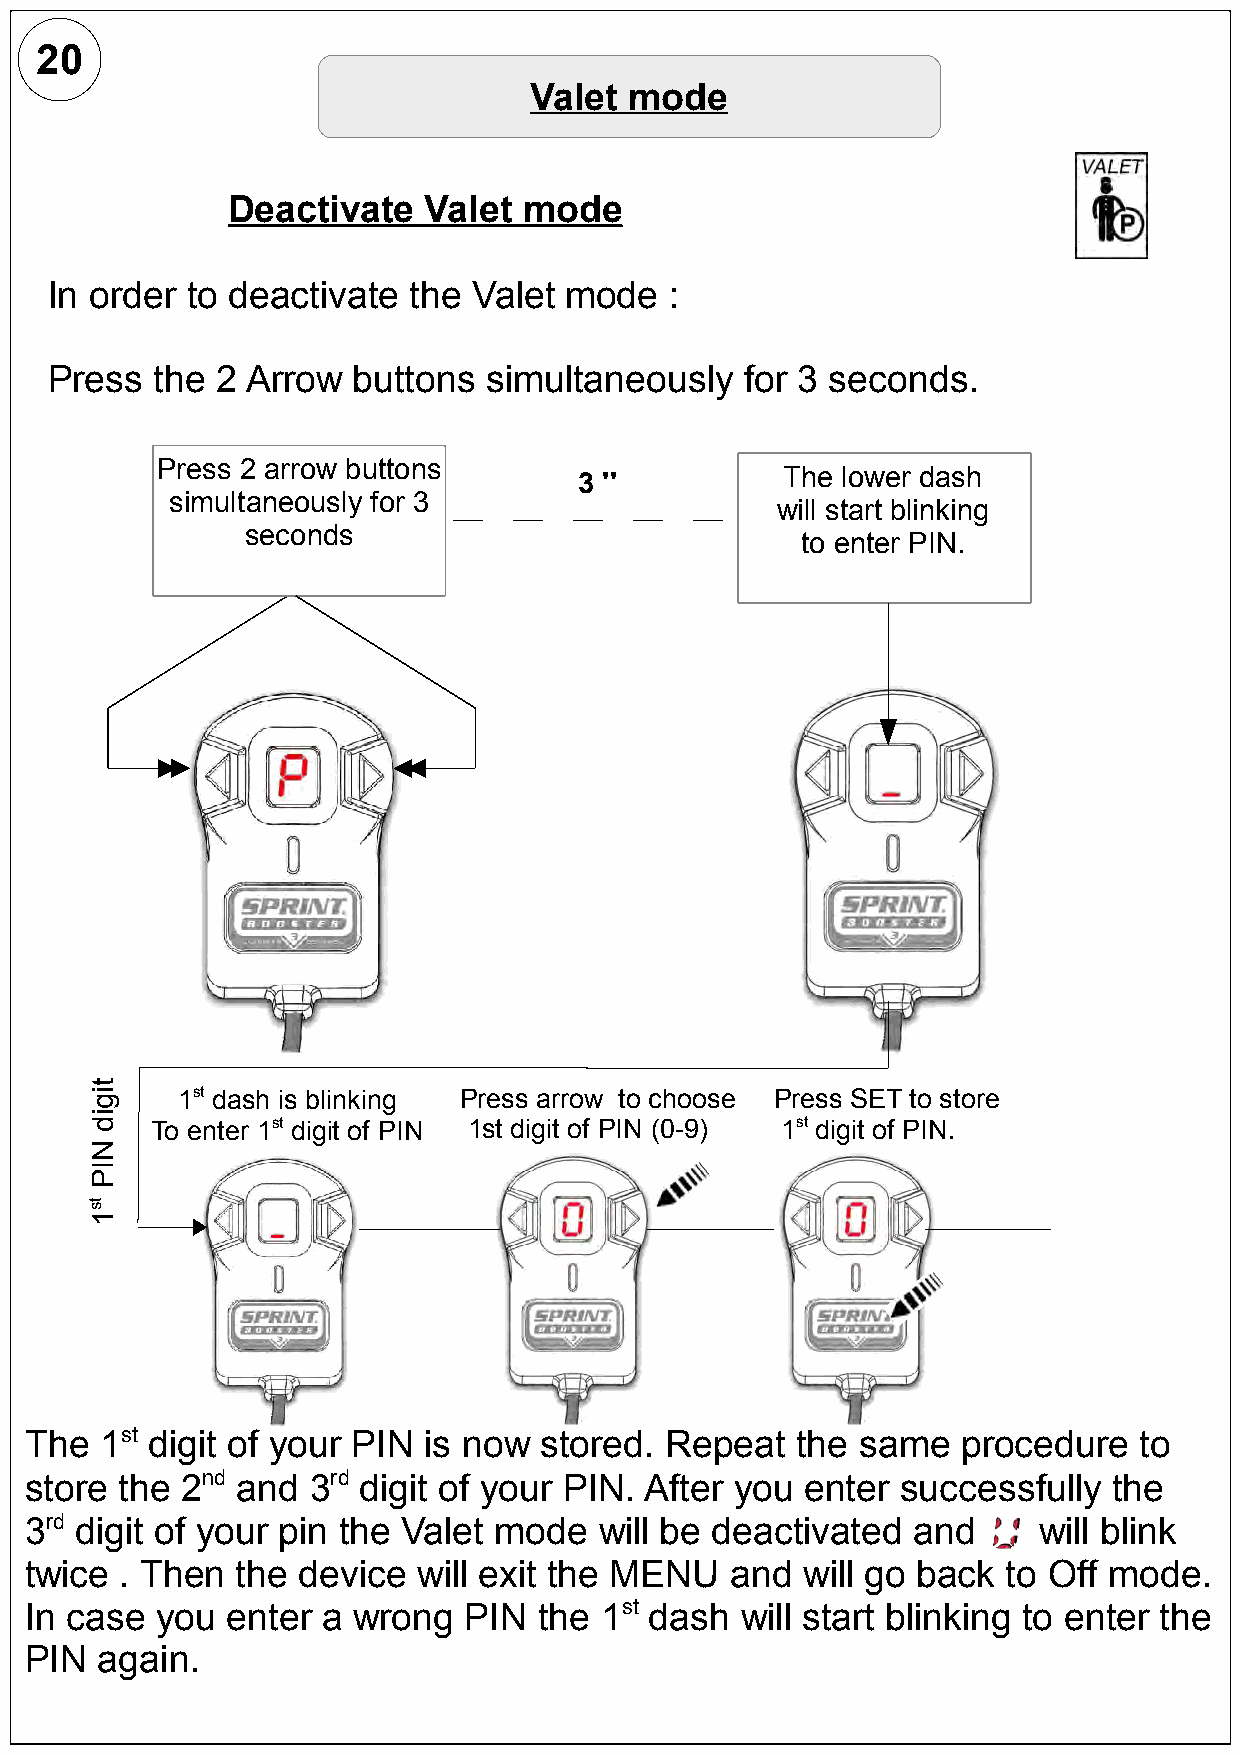
20
 Valet  mode
 Deactivate   Valet  mode
 In order to deactivate  the Valet mode   :
 Press  the 2 Arrow  buttons  simultaneously   for 3 seconds.
 Press 2 arrow buttons
 3 ''          The lower dash
 simultaneously for 3
 will start blinking
 seconds
 to enter PIN.
 1st dash is blinking Press arrow to choose Press SET to store
 To enter 1st digit of PIN 1st digit of PIN (0-9) 1st digit of PIN.
 The  1st digit of your PIN is now stored. Repeat   the same   procedure  to
 store the 2nd and 3rd digit of your PIN. After you enter  successfully  the
 3rd digit of your pin the Valet mode  will be deactivated and      will blink
 twice . Then  the device  will exit the MENU  and  will go back  to Off mode.
 In case you  enter a wrong   PIN  the 1st dash will start blinking to enter the
 PIN  again.
 tigid
 NIP
 ts1